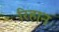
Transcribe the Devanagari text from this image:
रिहान